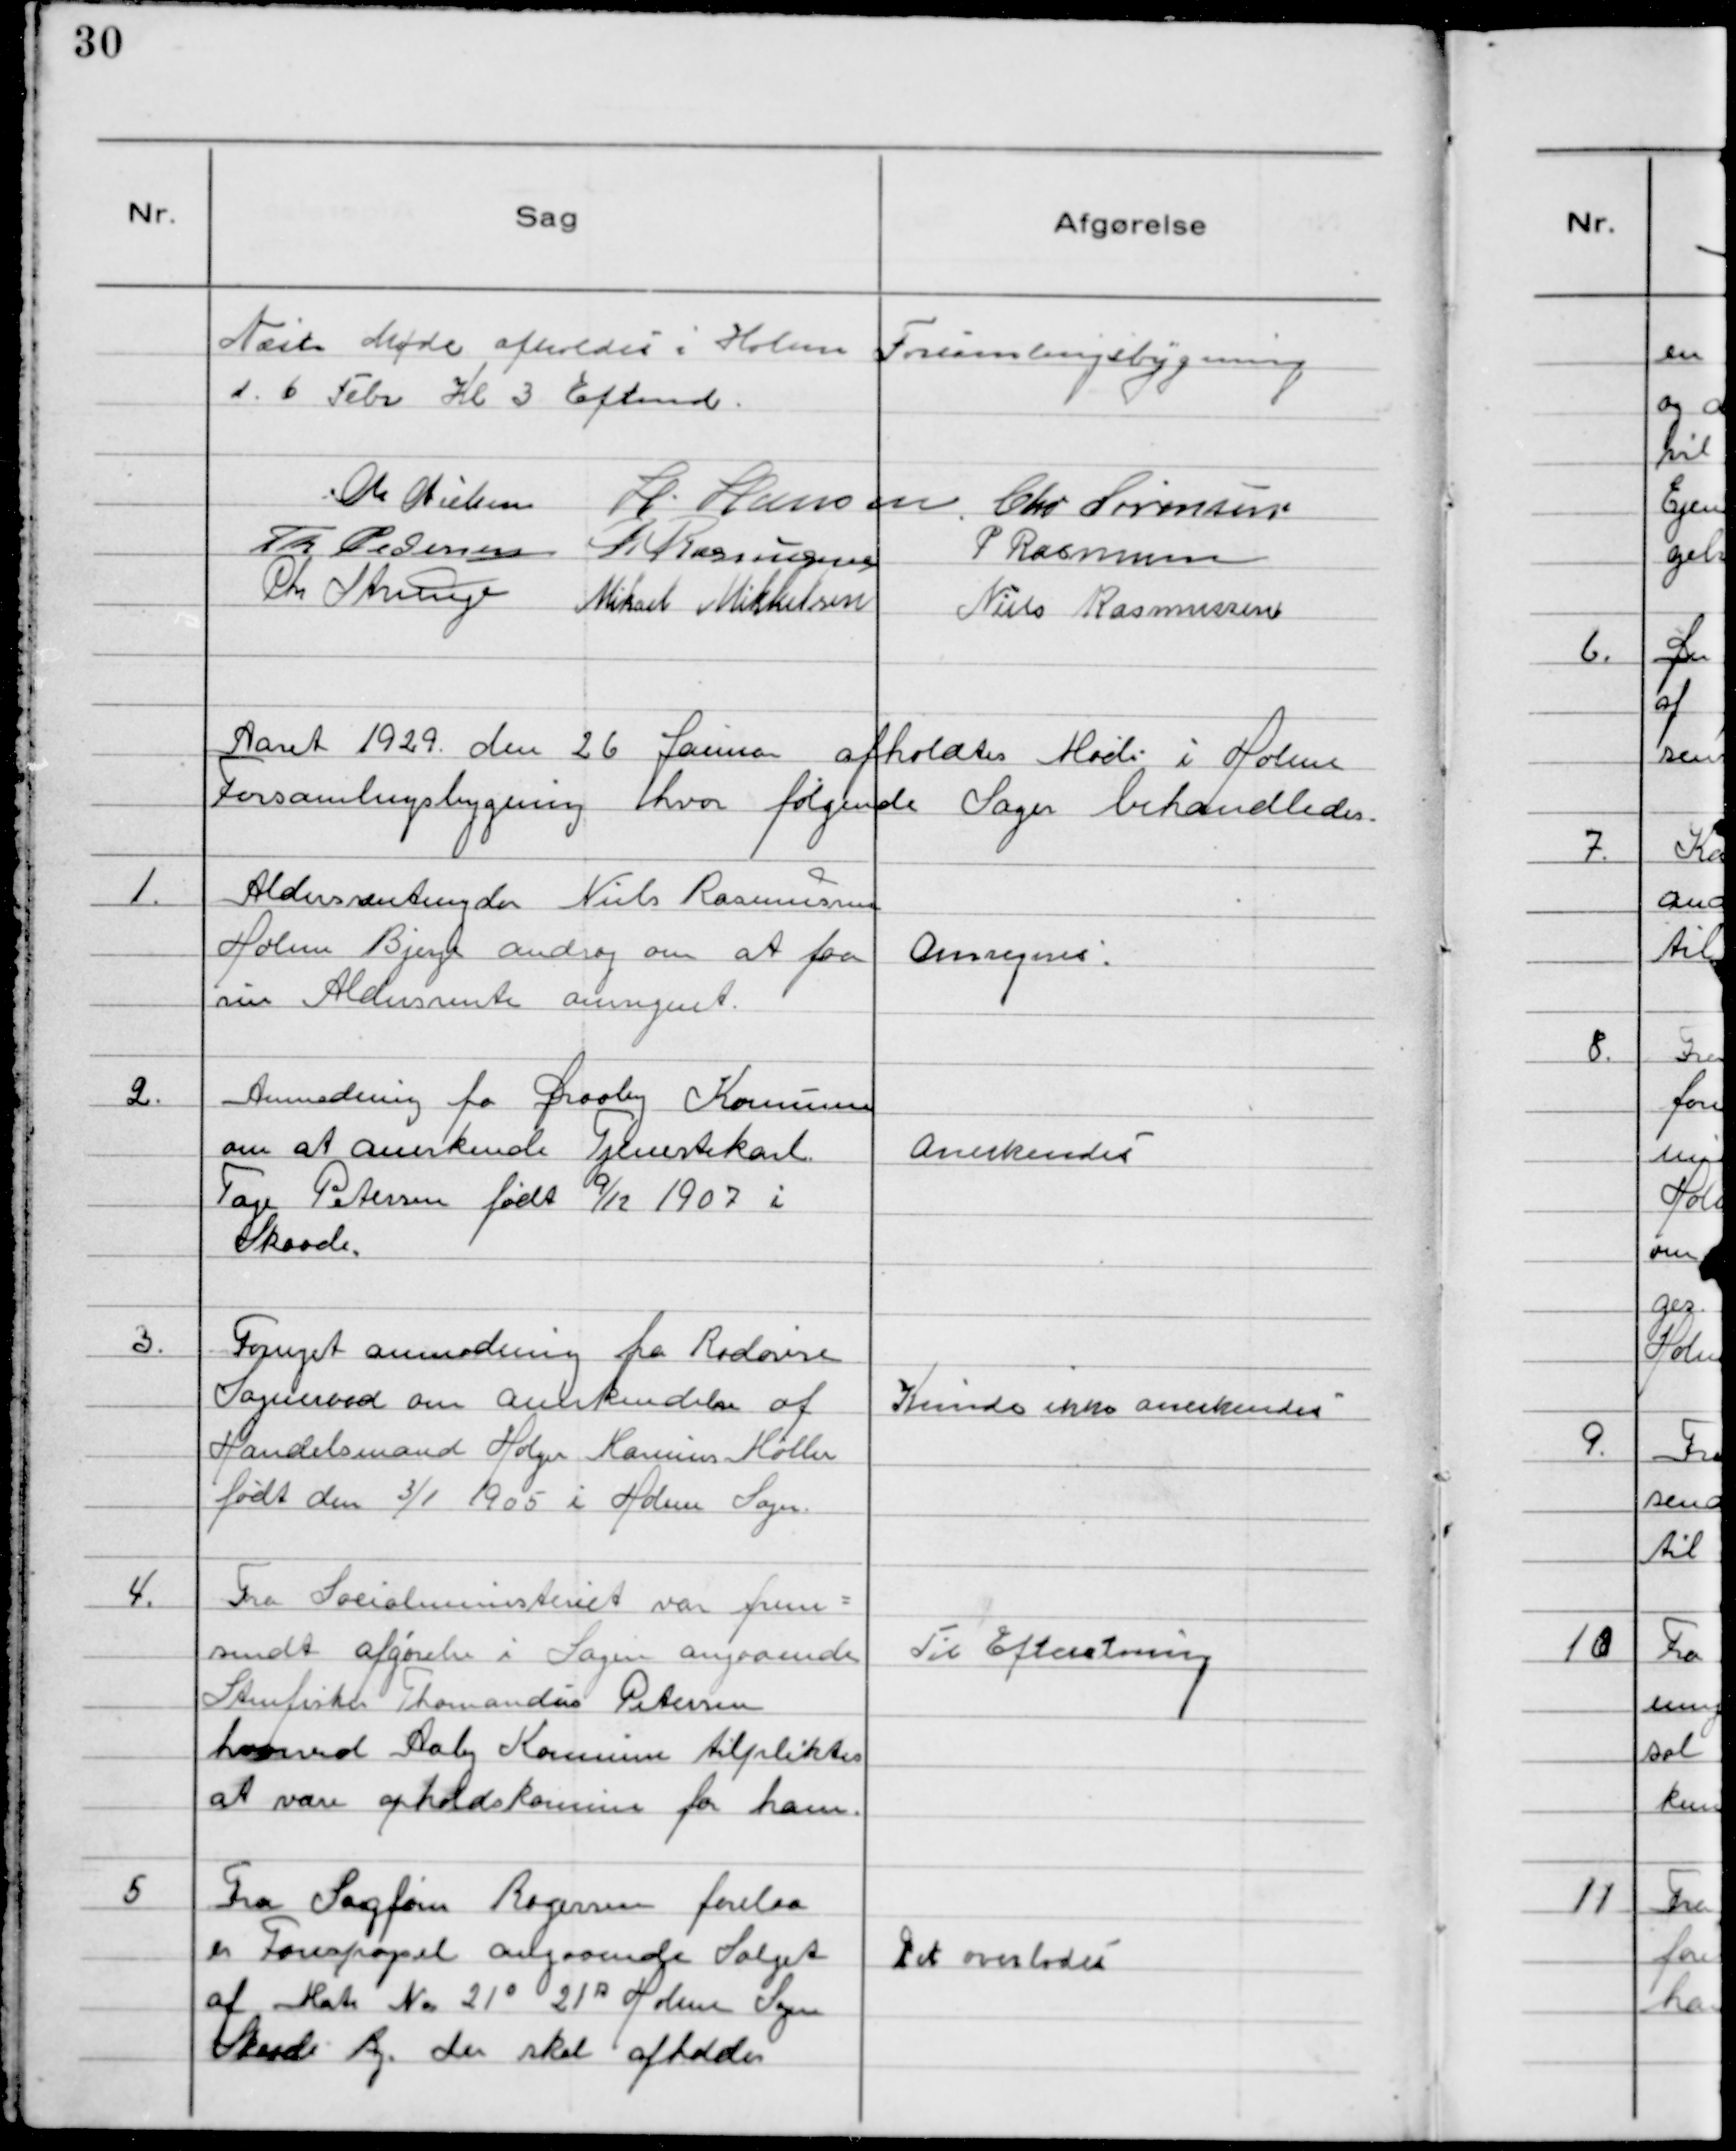
Transskription:
Næste Møde afholdes i Holme Forsamlingsbygning
d. 6 Febr Kl 3 Eftermd.
Ch Nielsen H. Hansen Chr Sørensen
Th Pedersen R Rasmussen P Rasmussen
Chr Strunge Mikael Mikkelsen Niels Rasmussen

Aaret 1929 den 26 Januar afholdtes Møde i Holme
Forsamlingsbygning hvor følgende Sager behandledes.

1. Aldersrentenyder NielsRasmussen
Holme Bjerge androg om at faa
sin Aldersrente omregnet.

Omregnes.

2. Anmodning fra Draaby Kommune
om at anerkende Tjenestekarl
Tage Petersen født 9/12 1907 i
Skaade.

Anerkendeś

3. Fornyet anmodning fra Rødovre
Sogneraad om anerkendelse af
Handelsmand Holger Marinus Møller
født den 3/1 1905 i Holme Sogn.

Kunde ikke anerkendes

4. Fra Socialministeriet var frem=
sendt afgørelse i Sagen angaaende
Stenfisker Thomandus Petersen
hvorved Aaby Kommune tilpliktes
at være opholdskommune for ham.

Til Efteretning

5 Fra Sagfører Rogersen forelaa
en Forespørgsel angaaende Salget
af Matr N° 21o 21A Holme Sogn
Skaade By. der skal afholdes

Det overlodeś